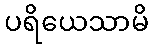
ပရိယေသာမိ